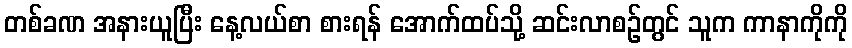
တစ်ခဏ အနားယူပြီး နေ့လယ်စာ စားရန် အောက်ထပ်သို့ ဆင်းလာစဉ်တွင် သူက ကာနာကိုကို